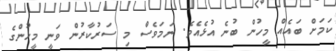
ކަމަށް ބައެއް މީހުން ބުނެ އުޅެއެވެ. ނަމަވެސް މި ސަރުކާރުން ވަނީ މީހުންގެ